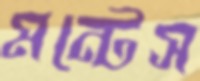
মন্টেস